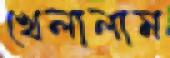
খেলালাম